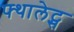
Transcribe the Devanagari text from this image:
फ्थालेट्स